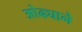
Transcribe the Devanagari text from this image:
ओढ्याने